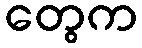
တွေက